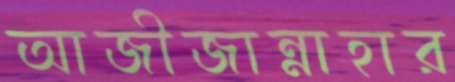
আজীজান্নাহার